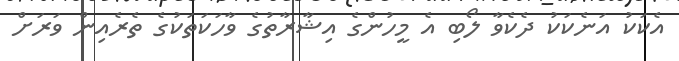
އެކަކު އަނެކަކު ދެކެވާ ލޯބި އެ މީހުންގެ އިޝާރާތުގެ ވާހަކަތަކުގެ ތެރެއިން ވަރަށް